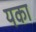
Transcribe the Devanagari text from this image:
यका